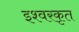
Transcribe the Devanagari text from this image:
इश्वरकृत